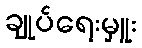
ချုပ်ရေးမှူး